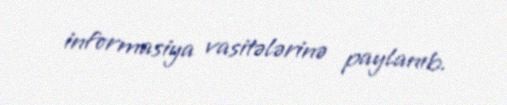
informasiya vasitələrinə paylanıb.